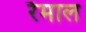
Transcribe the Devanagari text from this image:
रैमाल